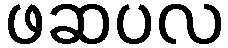
ဖဆပလ